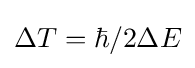
\Delta T=\hbar /2\Delta E